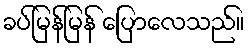
ခပ်မြန်မြန် ပြောလေသည်။